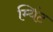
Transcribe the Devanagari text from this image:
म्यिंट